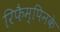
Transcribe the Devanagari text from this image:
रिफैम्पिनके